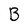
Character: B